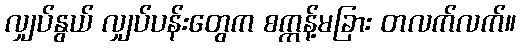
လျှပ်နွယ် လျှပ်ပန်းတွေက စက္ကန့်မခြား တလက်လက်။